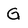
Character: G